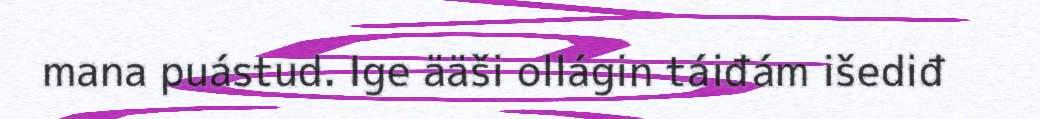
mana puástud. Ige ääši ollágin táiđám išediđ